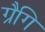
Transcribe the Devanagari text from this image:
ग्रैगि